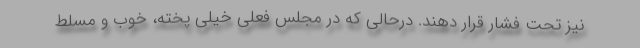
نیز تحت فشار قرار دهند. درحالی که در مجلس فعلی خیلی پخته، خوب و مسلط